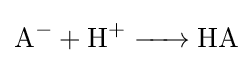
{\ce {A- + H+ -> HA}}